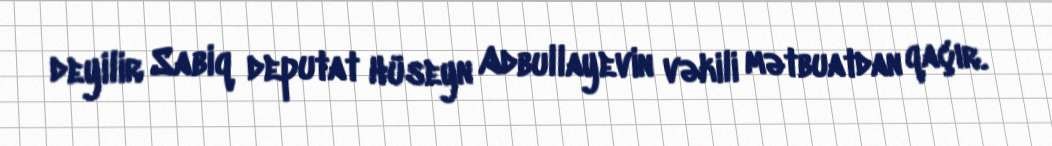
deyilir Sabiq deputat Hüseyn Adbullayevin vəkili mətbuatdan qaçır.